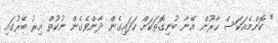
" ކޮންމެއަކަސް ހާރޫން އޭނާ ބުނިގޮތަކަށް ހަދައިގެން ދާންވެގެން ނުކުތް އިރު ބޭރުގައި